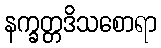
နက္ခတ္တဒိသစောရာ